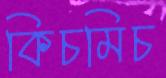
কিচমিচ